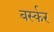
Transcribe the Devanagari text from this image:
बर्स्कर